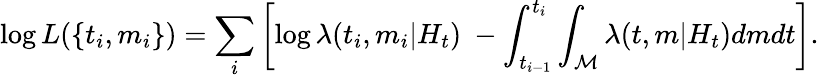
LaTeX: \log L(\{ t_{i},m_{i}\} )=\sum_{i}\left[\log\lambda(t_{i},m_{i}|H_{t})\ -\int_{t_{i-1}}^{t_{i}}\int_{\mathcal{M}}\lambda(t,m|H_{t})dmdt\right].